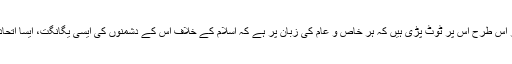
اِسلام دشمن طاقتیں آج اِسلام کے خلاف متحدہوکر اِس طرح اُس پر ٹوٹ پڑی ہیں کہ ہر خاص و عام کی زبان پر ہے کہ اسلام کے خلاف اس کے دشمنوں کی ایسی یگانگت، ایسا اتحاد، ایسی یک جائی کی مثال ماضی میں نہیں ملتی۔